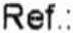
REF.: